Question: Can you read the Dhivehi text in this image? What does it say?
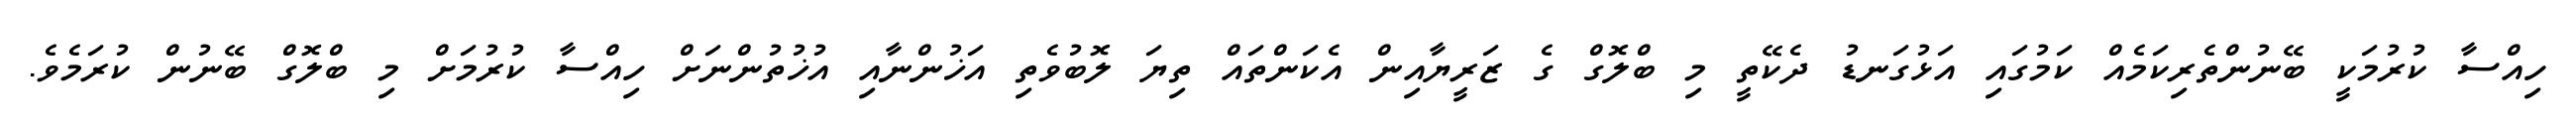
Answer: ހިއްސާ ކުރުމަކީ ބޭނުންތެރިކަމެއް ކަމުގައި އަޅުގަނޑު ދެކޭތީ މި ބްލޮގް ގެ ޒަރީޔާއިން އެކަންތައް ތިޔަ ލޮބުވެތި އަޚުންނާއި އުޚުތުންނަށް ހިއްސާ ކުރުމަށް މި ބްލޮގް ބޭނުން ކުރަމެވެ.